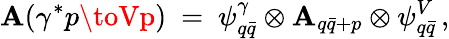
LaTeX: \mathbf{A}(\gamma^{*}p\toVp)\ =\ \psi_{q\bar{{q}}}^{\gamma}\otimes\mathbf{A}_{q\bar{{q}}+p}\otimes\psi_{q\bar{{q}}}^{V}\, ,